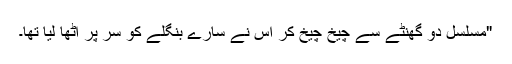
"مسلسل دو گھنٹے سے چیخ چیخ کر اُس نے سارے بنگلے کو سر پر اُٹھا لیا تھا۔